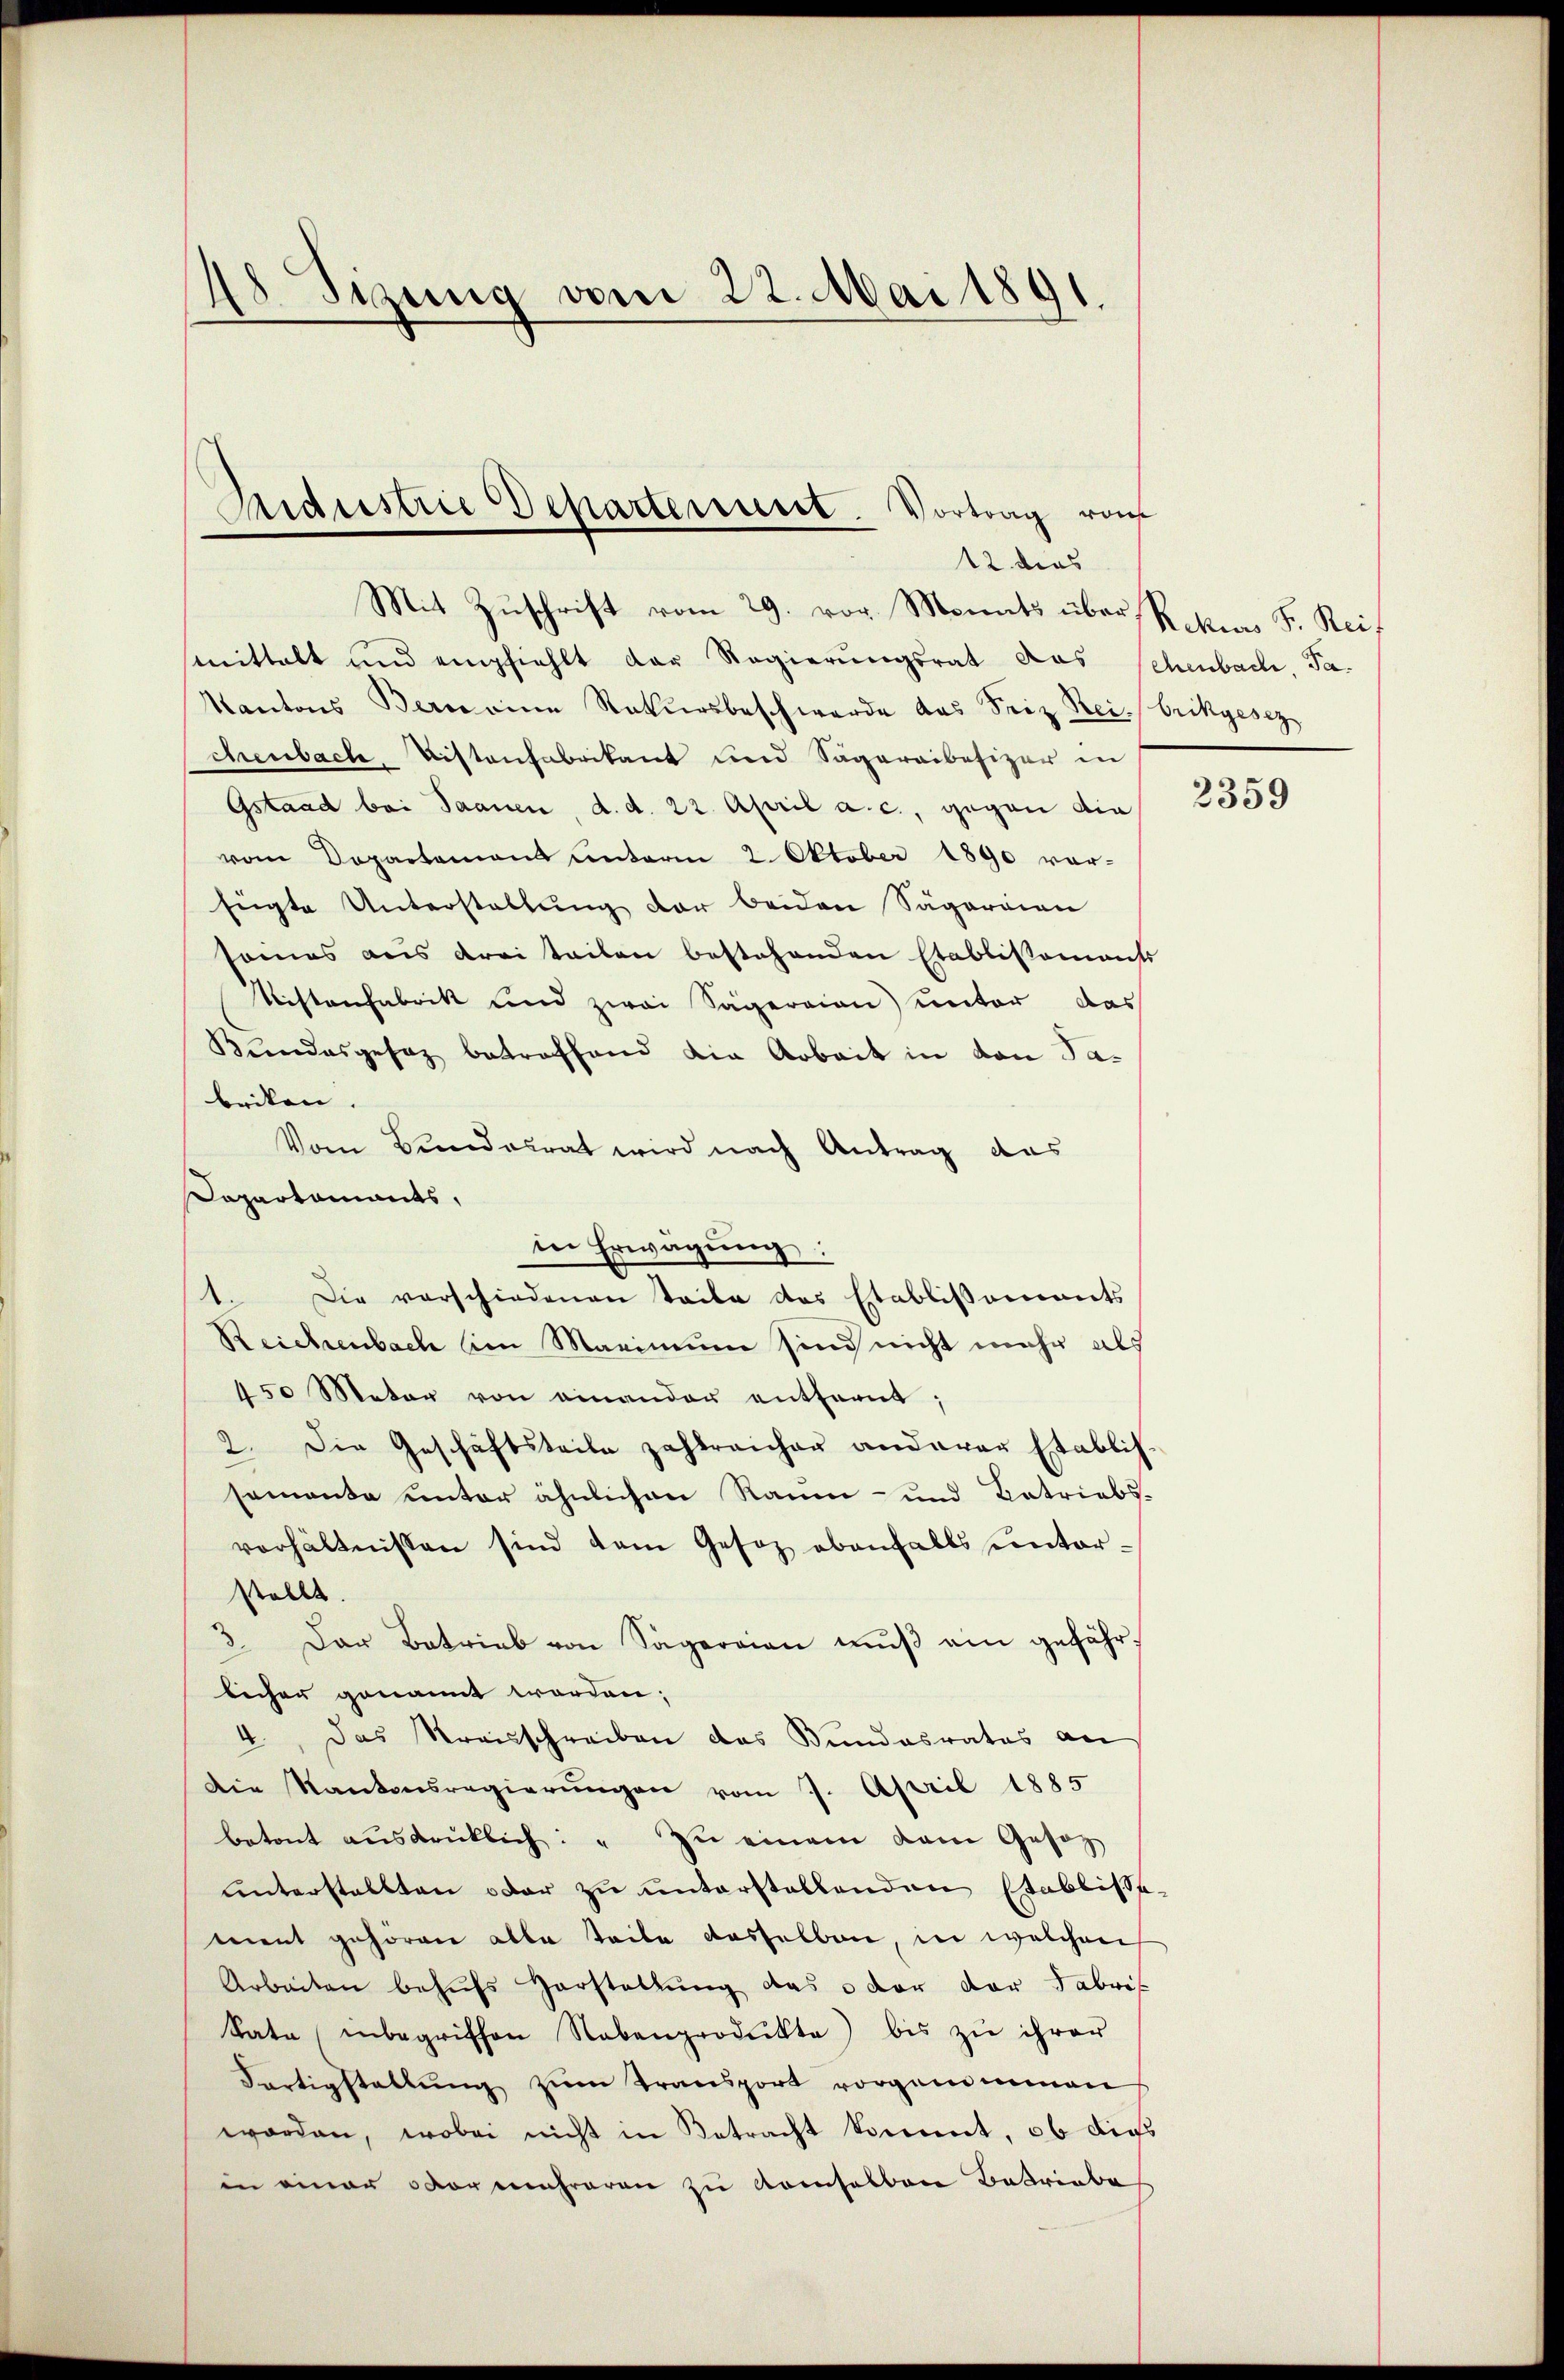
48 Sizung vom 22. Mai 1891.

Mit Zuschrift vom 29. vor. Monats über Peten S. Reit
mittelt und empfiehlt der Regierungsrat das schenbach, Ta-
Kantons Bern eine Rekursbeschwerde das Seiz Beibrikgesez
chenbach, Distanfabrikant und Sägereibesizer in
Gstand bei Saanen, d. d. 22. April a. c., gegen die
vom Departamens unterm 2. Oktober 1890 vor-
fügte Unterstellung der beiden Sägereien
sames aus drei teilen bestehenden Etablissements
Testanfabrik und zwei Sägeraion unter das
Kundesgesez betreffend die Arbeit in den Sa-
briken.
Vom Bundesrat wird nach Antrag das
Dapartamants,
in Erwägung:
Die vorschiedenen Teile des Etablissements
Reichenbach im Maximum sind nicht mehr als
450 Meter von einander entfernt;
2. Die Geschäftsteile zahlreicher anderen Etablis-
sementa unter ähnlichen Raum- und Betriebs-
verhältnissen sind dem Gesez ebenfalls unter¬
Stolle.
3. Das Betrieb von Sägereien mŭβ ein gefährlicher genannt worden;
4. Das Kreisschreiben das Bundesrates an
Die Kantonsregierŭngen vom 7. April 1885
betont aŭsdrüklich: " zŭ einem kam Gesetz
unterstellten oder zu unterstellenden Etablisse
ment gehören alle Teile dasselben, in welchen
Arbeiten behŭfs Vorstellŭng das oder der Fabri
Rata inbegriffen Rabenprodukte) bis zŭ ihrer
Fertigstellŭng zŭm Transport vorgend immen
worden, wobei nicht in Betracht kommt, ob dies
in einer vor mehreren zu demselbare Betriebe

Aidustrie Departement. Vortrag von
12. dies

2359